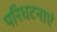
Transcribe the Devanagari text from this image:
परिधटनाएं